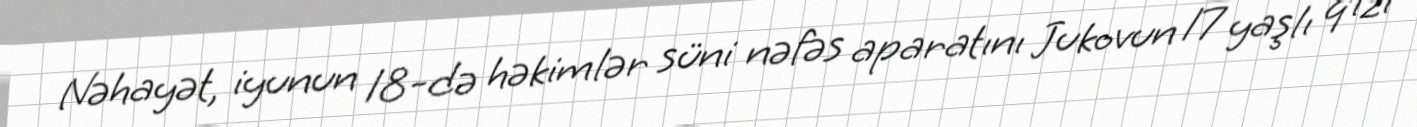
Nəhayət, iyunun 18-də həkimlər süni nəfəs aparatını Jukovun 17 yaşlı qızı